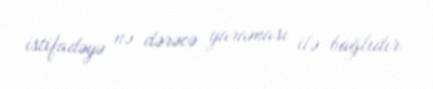
istifadəyə nə dərəcə yaraması ilə bağlıdır.